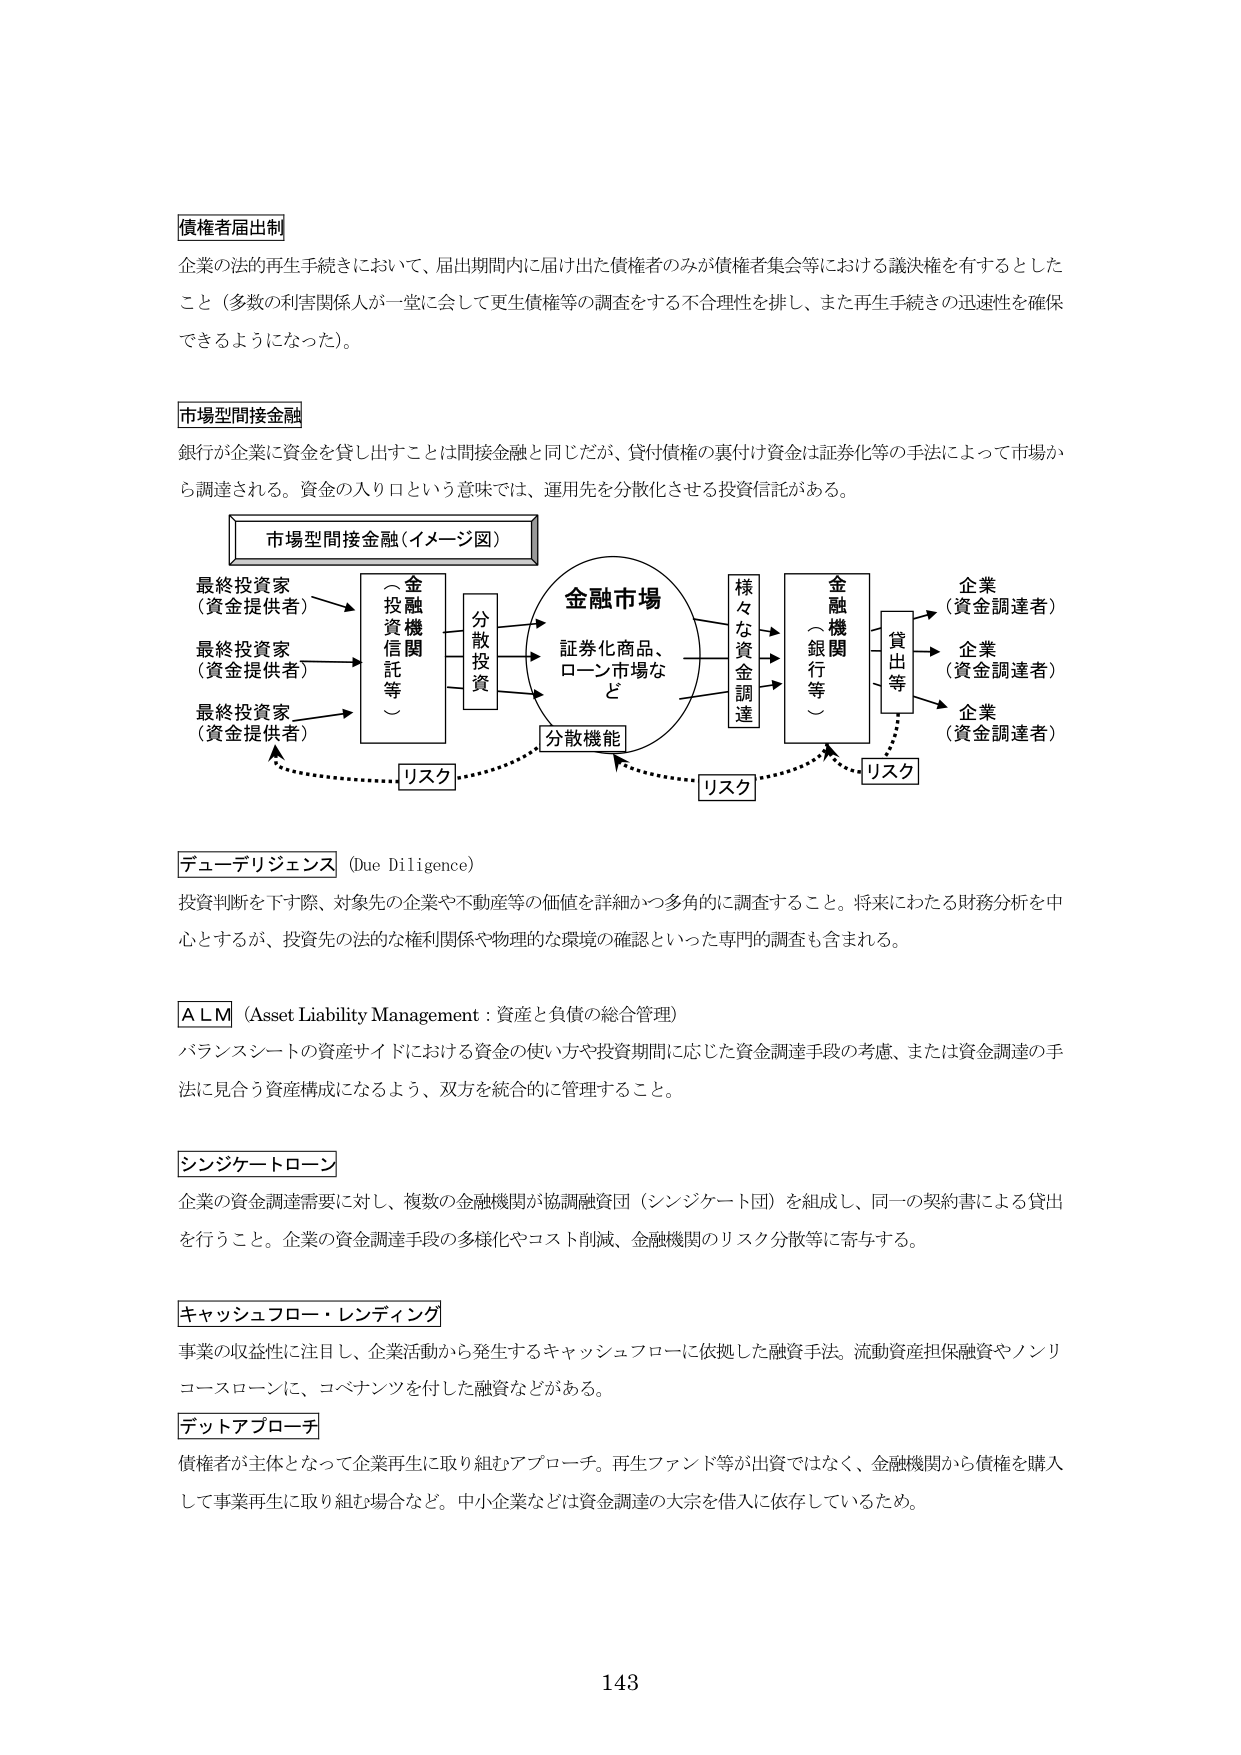
債権者届出制
企業の法的再生手続きにおいて、届出期間内に届け出た債権者のみが債権者集会等における議決権を有するとした
こと（多数の利害関係人が一堂に会して更生債権等の調査をする不合理性を排し、また再生手続きの迅速性を確保
できるようになった）。

市場型間接金融
銀行が企業に資金を貸し出すことは間接金融と同じだが、貸付債権の裏付け資金は証券化等の手法によって市場か
ら調達される。資金の入り口という意味では、運用先を分散化させる投資信託がある。

市場型間接金融（イメージ図）
最終投資家
（資金提供者）
→ 金融機関
（投資信託等）
→ 分散投資
→ 金融市場
→ 証券化商品、
ローン市場な
ど
→ 分散機能
→ 様々な資金調達
→ 金融機関
（銀行等）
→ 貸出等
→ 企業
（資金調達者）
→ 企業
（資金調達者）
→ 企業
（資金調達者）
リスク
リスク
リスク

デューデリジェンス（Due Diligence）
投資判断を下す際、対象先の企業や不動産等の価値を詳細かつ多角的に調査すること。将来にわたる財務分析を中心とするが、投資先の法的な権利関係や物理的な環境の確認といった専門的調査も含まれる。

A L M（Asset Liability Management：資産と負債の総合管理）
バランスシートの資産サイドにおける資金の使い方や投資期間に応じた資金調達手段の考慮、または資金調達の手法に見合う資産構成になるよう、双方を統合的に管理すること。

シンジケートローン
企業の資金調達需要に対し、複数の金融機関が協調融資団（シンジケート団）を組成し、同一の契約書による貸出を行うこと。企業の資金調達手段の多様化やコスト削減、金融機関のリスク分散等に寄与する。

キャッシュフロー・レンディング
事業の収益性に注目し、企業活動から発生するキャッシュフローに依拠した融資手法。流動資産担保融資やノンリコースローンに、コベナンツを付した融資などがある。

デットアプローチ
債権者が主体となって企業再生に取り組むアプローチ。再生ファンド等が出資ではなく、金融機関から債権を購入して事業再生に取り組む場合など。中小企業などは資金調達の大宗を借入に依存しているため。

143